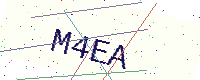
Text: M4EA